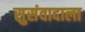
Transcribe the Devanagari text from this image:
सुसंवादाला